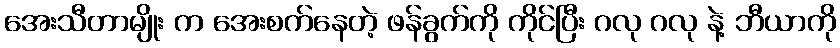
အေးသီတာမျိုး က အေးစက်နေတဲ့ ဖန်ခွက်ကို ကိုင်ပြီး ဂလု ဂလု နဲ့ ဘီယာကို